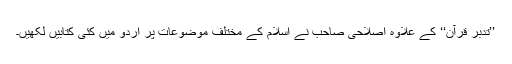
’’تدبر قرآن‘‘ کے علاوہ اصلاحی صاحب نے اسلام کے مختلف موضوعات پر اردو میں کئی کتابیں لکھیں۔